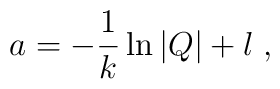
a = -\frac{1}{k}\ln |Q| + l \; ,